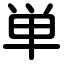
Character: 単